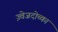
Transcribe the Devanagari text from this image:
ज़्वेजदोच्का